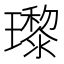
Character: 瓈